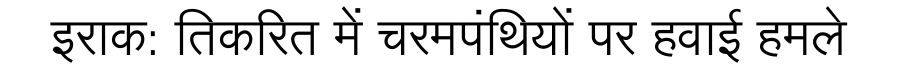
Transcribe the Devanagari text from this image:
इराक: तिकरित में चरमपंथियों पर हवाई हमले